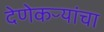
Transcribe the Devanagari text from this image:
देणेकऱ्यांचा